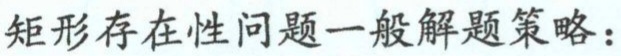
矩形存在性问题一般解题策略：